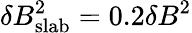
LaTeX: \delta B_{\mathrm{slab}}^{2}=0.2\delta B^{2}